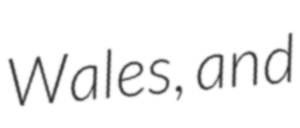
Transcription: Wales, and